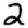
Digit: 2